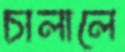
চালালে